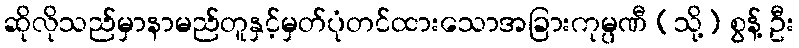
ဆိုလိုသည်မှာနာမည်တူနှင့်မှတ်ပုံတင်ထားသောအခြားကုမ္ပဏီ (သို့) စွန့် ဦး